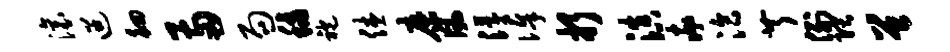
滚迢徊两局秋袍休縻风浮俸折滇率洽芹例隈曾